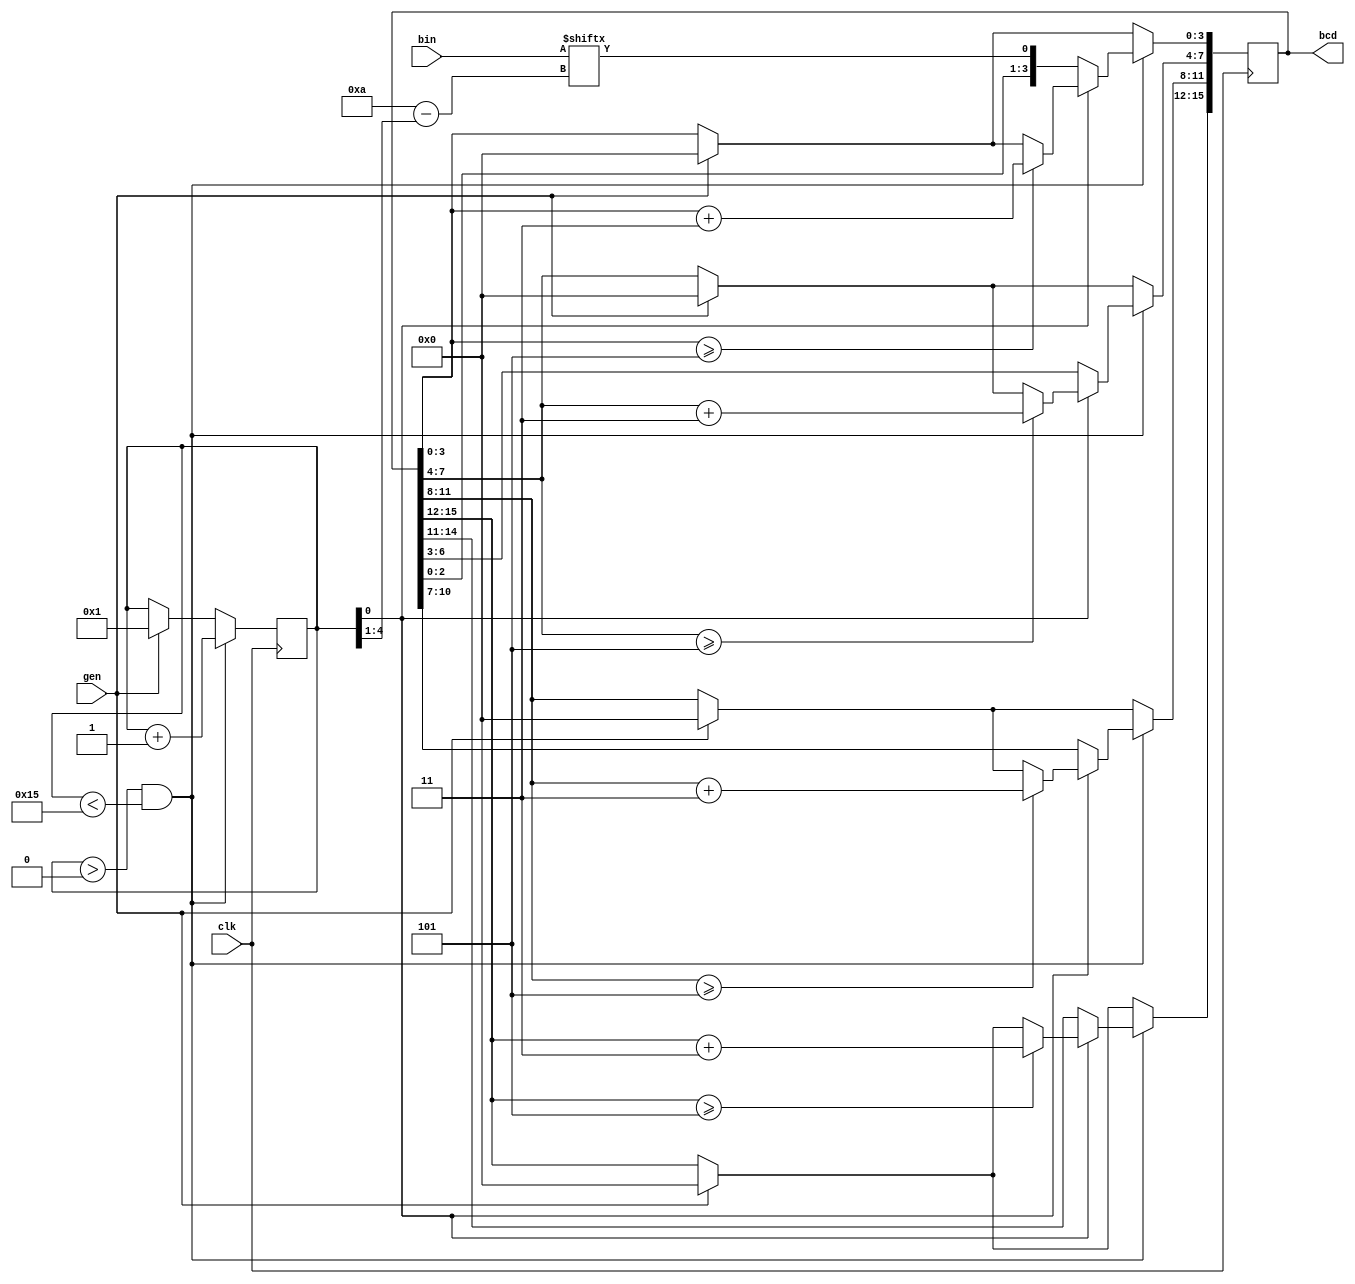
module bin_bcd_dl(
    input clk, gen,
    input [9:0] bin,
    output reg [15:0] bcd
);
   
reg [4:0]cnt;

always @(posedge clk) begin
    if(gen) begin
        cnt <= 5'd1;
        bcd <= 0;
    end

  if(cnt > 5'd0 && cnt < 5'd21) begin
        if(cnt[0]) begin
          if (bcd[3:0] >= 4'd5) bcd[3:0] <= bcd[3:0] + 4'd3;	
          if (bcd[7:4] >= 4'd5) bcd[7:4] <= bcd[7:4] + 4'd3;
          if (bcd[11:8] >= 4'd5) bcd[11:8] <= bcd[11:8] + 4'd3;
          if (bcd[15:12] >= 4'd5) bcd[15:12] <= bcd[15:12] + 4'd3;
            cnt <= cnt + 1;
        end
        else begin
          bcd <= {bcd[14:0],bin[10-(cnt >> 1)]};
            cnt <= cnt + 1;
        end
        
    end
end

endmodule